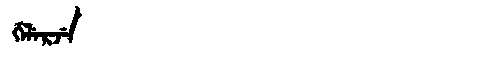
Manchu: ᡤᡝᠯᡝᡵᠵᡝ
Romanization: GELERJE